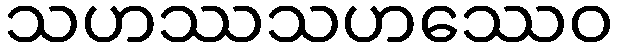
သဟဿသဟဿေဝ